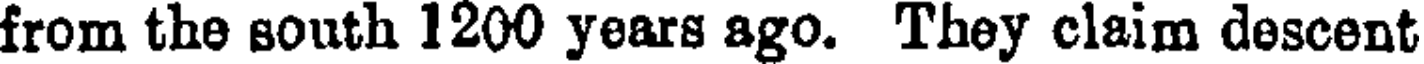
from the south 1200 years ago. They claim descent